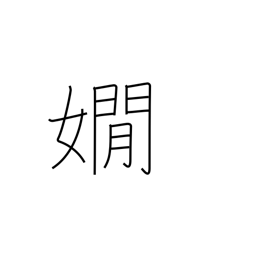
Meaning: refined